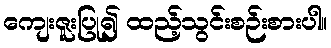
ကျေးဇူးပြု၍ ထည့်သွင်းစဉ်းစားပါ။